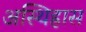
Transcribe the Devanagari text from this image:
अस्थिह्रास